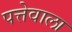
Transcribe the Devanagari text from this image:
पत्तेवाला